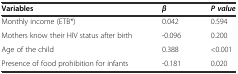
<table><thead><tr><td><b>Variables</b></td><td><b><i>β</i></b></td><td><b><i>P value</i></b></td></tr></thead><tbody><tr><td>Monthly income (ETB*)</td><td>0.042</td><td>0.594</td></tr><tr><td>Mothers know their HIV status after birth</td><td>-0.096</td><td>0.200</td></tr><tr><td>Age of the child</td><td>0.388</td><td>&lt;0.001</td></tr><tr><td>Presence of food prohibition for infants</td><td>-0.181</td><td>0.020</td></tr></tbody></table>